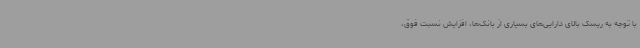
با توجه به ریسک بالای دارایی‌های بسیاری از بانک‌ها، افزایش نسبت فوق،